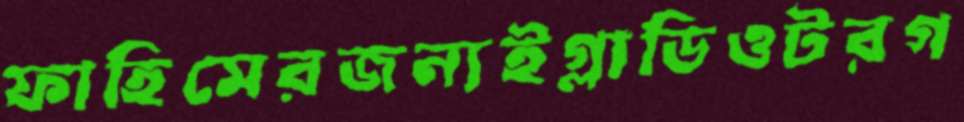
ফাহিমেরজন্যইগ্লাডিওটরগ